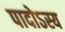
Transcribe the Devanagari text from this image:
पादोऽस्य